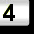
Digit: 4